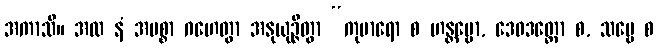
အကာသိ။ အထ နံ အမစ္စာ ဂဟေတွာ အနုယုဉ္ဇိတွာ “ကုမာရော စ ဟန္တဗ္ဗော, ဒေဝဒတ္တော စ, သဗ္ဗေ စ